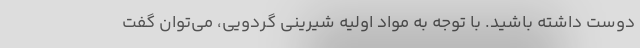
دوست داشته باشید. با توجه به مواد اولیه شیرینی گردویی، می‌توان گفت